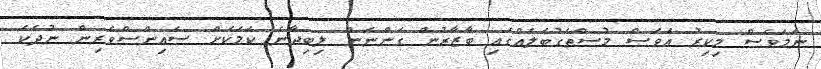
ނަމަވެސް މިކިރު އަވަސް މުސްތަގުބަލެއްގައި ބާޒާރުން ގަންނަން ލިބިދާނެ ކަމަކަށް ސައިންސްވެރިން ނުދެކެ